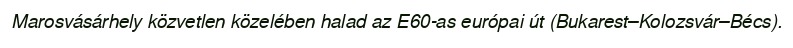
Marosvásárhely közvetlen közelében halad az E60-as európai út (Bukarest–Kolozsvár–Bécs).